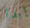
إبدأ